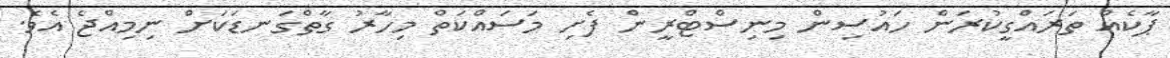
ޕާކެއް ތަރައްގީކުރަން ހައުސިން މިނިސްޓްރީން ފެށި މަސައްކަތް މިހާރު ގާތްގަނޑަކަށް ނިމިއްޖެ އެވެ.